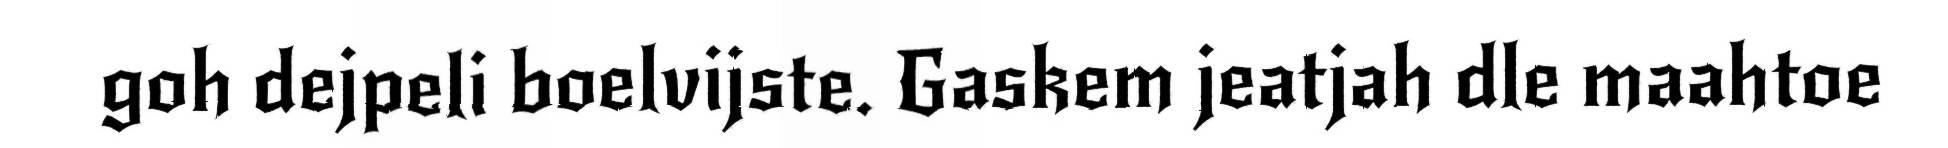
goh dejpeli boelvijste. Gaskem jeatjah dle maahtoe